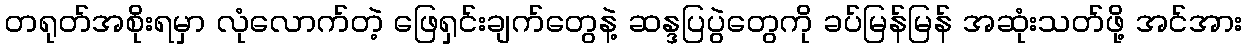
တရုတ်အစိုးရမှာ လုံလောက်တဲ့ ဖြေရှင်းချက်တွေနဲ့ ဆန္ဒပြပွဲတွေကို ခပ်မြန်မြန် အဆုံးသတ်ဖို့ အင်အား